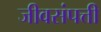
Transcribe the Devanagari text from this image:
जीवसंपत्ती